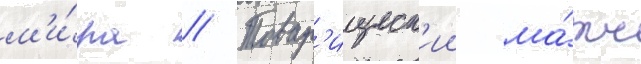
м'и́ра // Товар'ищеск'ии ма́тч